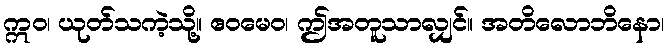
ဣဝ၊ ယုတ်သကဲ့သို့။ ဧဝမေဝ၊ ဤအတူသာလျှင်။ အတိလောဘိနော၊